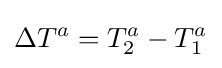
\Delta T^{a}=T_{2}^{a}-T_{1}^{a}